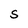
Character: S